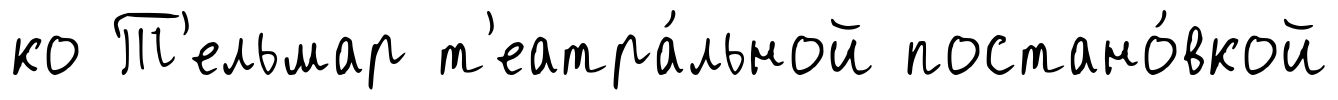
ко Т'ельмар т'еатра́льной постано́вкой